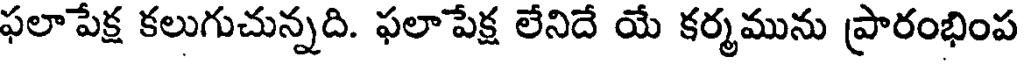
ఫలాపేక్ష కలుగుచున్నది. ఫలాపేక్ష లేనిదే యే కర్మమును ప్రారంభింప